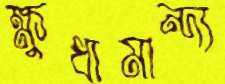
ক্ষুধামান্দ্য